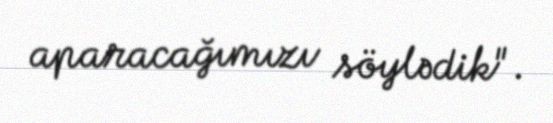
aparacağımızı söylədik".